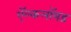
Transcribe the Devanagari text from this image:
ऍल्कलॉयड